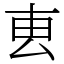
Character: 叀